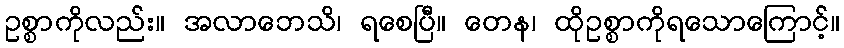
ဥစ္စာကိုလည်း။ အလာဘေသိ၊ ရစေပြီ။ တေန၊ ထိုဥစ္စာကိုရသောကြောင့်။